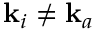
\mathbf { k } _ { i } \neq \mathbf { k } _ { a }